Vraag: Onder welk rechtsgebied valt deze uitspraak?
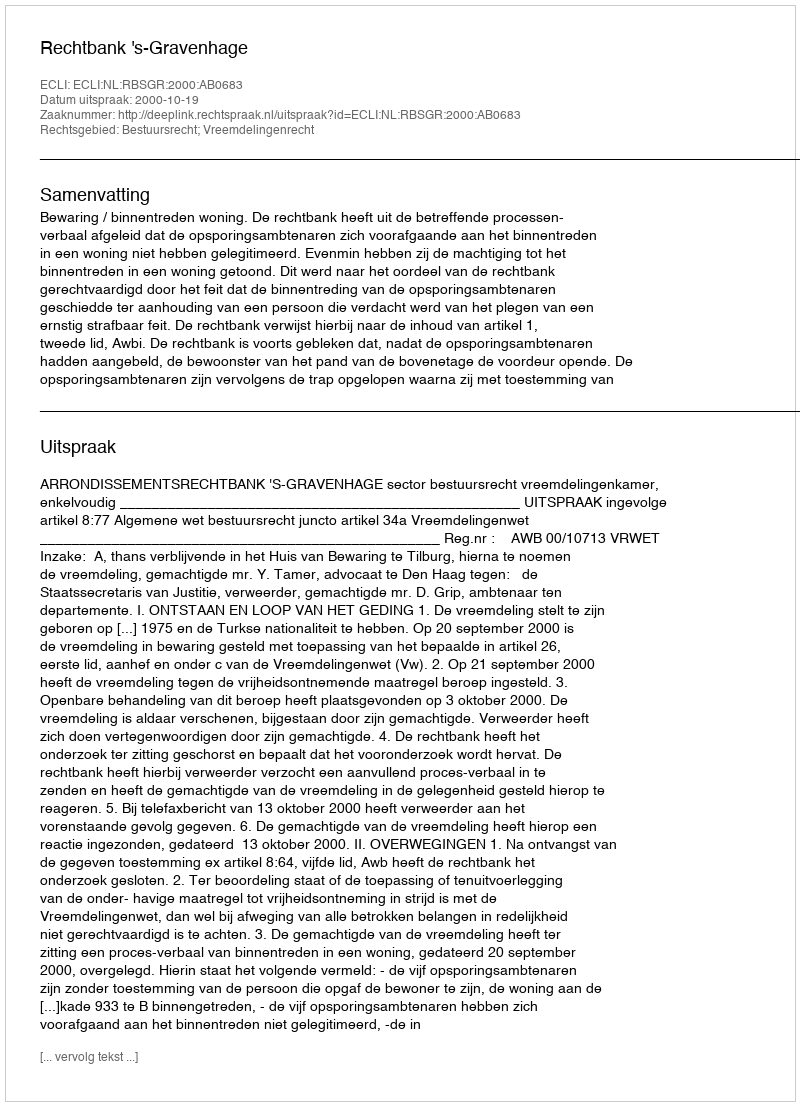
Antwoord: Bestuursrecht; Vreemdelingenrecht